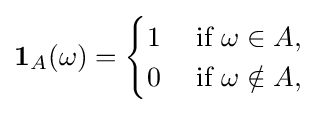
\mathbf {1} _{A}(\omega )={\begin{cases}1\;&{\text{if }}\omega \in A,\\0\;&{\text{if }}\omega \notin A,\end{cases}}